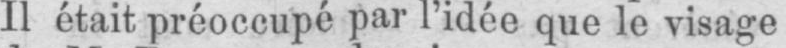
Il était préoccupé par l’idée que le visage